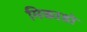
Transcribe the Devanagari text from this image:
मिकाडो